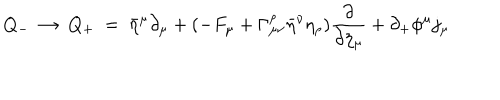
LaTeX: Q _ { - } ~ \to ~ Q _ { + } ~ = ~ \bar { \eta } ^ { \mu } \partial _ { \mu } + ( - F _ { \mu } + \Gamma _ { \mu \nu } ^ { \rho } \bar { \eta } ^ { \nu } \eta _ { \rho } ) { \frac { \partial } { \partial \eta _ { \mu } } } + \partial _ { + } \phi ^ { \mu } j _ { \mu }